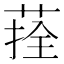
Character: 𦴽